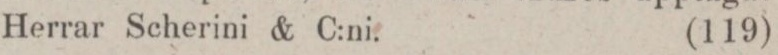
Herrar Scherini & C:ni.    (119)